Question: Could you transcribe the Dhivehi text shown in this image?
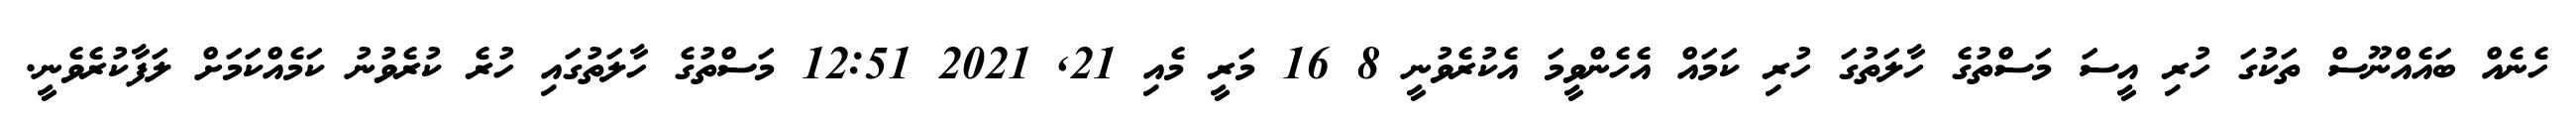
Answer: ހެނެއް ބައެއްނޫސް ތަކުގަ ހުރި އީސަ މަސްތުގެ ހާލަތުގަ ހުރި ކަމައް އެހެންވީމަ އެކުރެވުނީ 8 16 މަރީ މެއި 21, 2021 12:51 މަސްތުގެ ހާލަތުގައި ހުރެ ކުރެވުނު ކަމެއްކަމަށް ލަފާކުރެވެނީ.